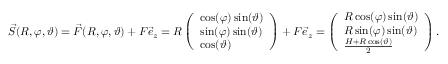
\vec { S } ( R , \varphi , \vartheta ) = \vec { F } ( R , \varphi , \vartheta ) + F \vec { e } _ { z } = R \left( \begin{array} { l } { \cos ( \varphi ) \sin ( \vartheta ) } \\ { \sin ( \varphi ) \sin ( \vartheta ) } \\ { \cos ( \vartheta ) } \end{array} \right) + F \vec { e } _ { z } = \left( \begin{array} { l } { R \cos ( \varphi ) \sin ( \vartheta ) } \\ { R \sin ( \varphi ) \sin ( \vartheta ) } \\ { \frac { H + R \cos ( \vartheta ) } { 2 } } \end{array} \right) .